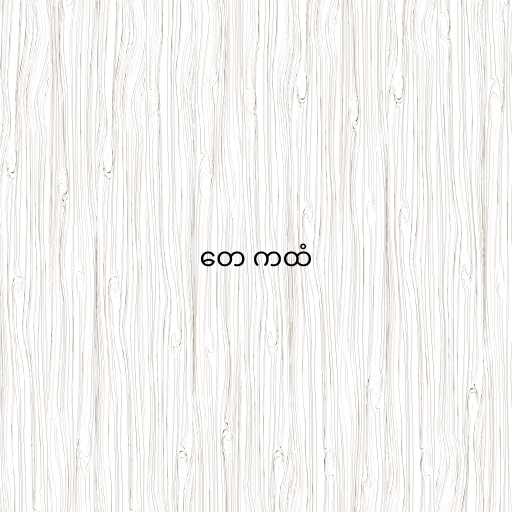
တေ ကထံ